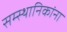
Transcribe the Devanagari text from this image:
सम्स्थानिकांना